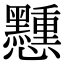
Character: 𢥽